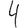
Digit: 4